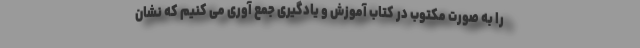
را به صورت مکتوب در کتاب آموزش و یادگیری جمع آوری می کنیم که نشان